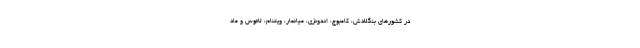
در کشورهای بنگلادش، کامبوج، اندونزی، میانمار، ویتنام، لائوس و ماد